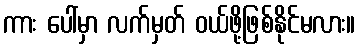
ကား ပေါ်မှာ လက်မှတ် ဝယ်ဖို့ဖြစ်နိုင်မလား။